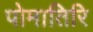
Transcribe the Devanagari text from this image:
पोमातिरि